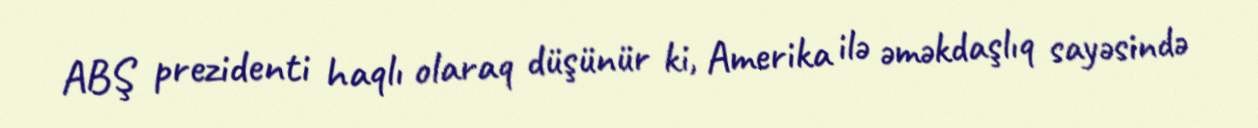
ABŞ prezidenti haqlı olaraq düşünür ki, Amerika ilə əməkdaşlıq sayəsində